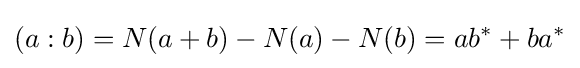
(a:b)=N(a+b)-N(a)-N(b)=ab^{*}+ba^{*}